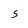
Character: S